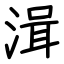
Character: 湒